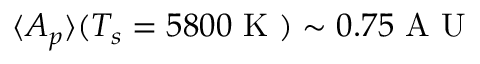
\langle A _ { p } \rangle ( T _ { s } = 5 8 0 0 \mathrm { ~ K ~ } ) \sim 0 . 7 5 \mathrm { ~ A ~ U ~ }